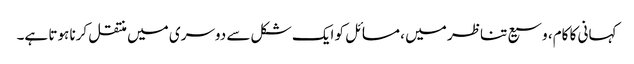
کہانی کا کام، وسیع تناظر میں ، مسائل کو ایک شکل سے دوسری میں منتقل کرنا ہوتا ہے۔